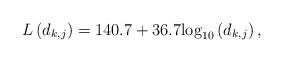
LaTeX: \begin{align*}L\left(d_{k,j}\right)=140.7 + 36.7{\log _{10}}\left( {{d_{{{k,j}}}}} \right),\end{align*}